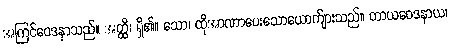
အကြင်ဝေဒနာသည်။ အတ္ထိ၊ ရှိ၏။ သော၊ ထိုအာဏာပေးသောယောက်ျားသည်။ တာယဝေဒနာယ၊